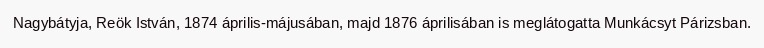
Nagybátyja, Reök István, 1874 április-májusában, majd 1876 áprilisában is meglátogatta Munkácsyt Párizsban.